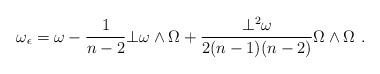
LaTeX: \begin{align*} \omega_{\epsilon} = \omega - \frac{1}{n-2} \bot \omega \wedge \Omega + \frac{\bot^2 \omega}{2(n-1)(n-2)} \Omega \wedge \Omega \ . \end{align*}